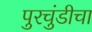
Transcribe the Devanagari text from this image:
पुरचुंडीचा